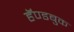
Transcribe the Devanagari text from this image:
हॅण्डबुक